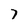
Character: 7